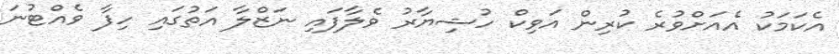
އެކަމަކު އެއަށްވުރެ ކުރިން އަވިކް ހުޝިޔާރު ވެލާފައި ނަޒްލާ އަތުގައި ހިފާ ވެއްޓުނަ